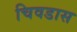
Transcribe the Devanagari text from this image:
चिवडास